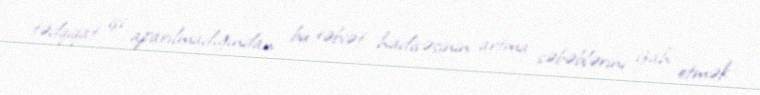
tədqiqat işi aparılmadığından bu təbiət hadisəsinin artma səbəblərini izah etmək